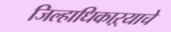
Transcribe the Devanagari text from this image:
जिल्हाधिकाऱ्याचे